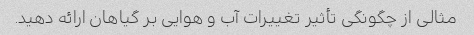
مثالی از چگونگی تأثیر تغییرات آب و هوایی بر گیاهان ارائه دهید.